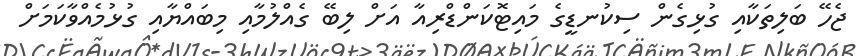
ޖެހޭ ބަލިތަކާއި ގުޅިގެން ސިކުނޑީގެ މައިޓޮކަންޑްރިއާ އަށް ލިބޭ ގެއްލުމާއި މިބައްޔާއި ގުޅުމެއްވާކަމަށް